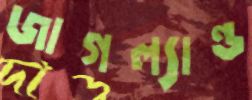
জাগল্যান্ড